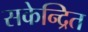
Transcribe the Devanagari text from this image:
सकेन्द्रित